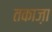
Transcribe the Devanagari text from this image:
तकाज़ा